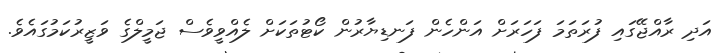
އަދި ރާއްޖޭގައި ފުރަތަމަ ފަހަރަށް އަންހެން ފަނޑިޔާރުން ކޯޓުތަކަށް ލެއްވީވެސް ޖަމީލްގެ ވަޒީރުކަމުގައެވެ.